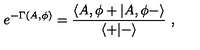
e ^ { - \Gamma ( A , \phi ) } = { \frac { \langle A , \phi + \vert A , \phi - \rangle } { \langle + \vert - \rangle } } \ ,